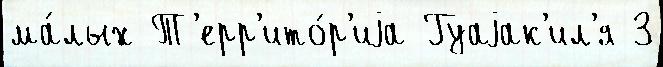
ма́лых Т'ерр'ито́р'иjа Гуаjак'ил'я 3